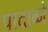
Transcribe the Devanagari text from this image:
पादाब्जे